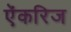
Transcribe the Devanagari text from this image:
ऐंकरिज